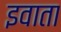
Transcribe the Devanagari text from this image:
इवाता